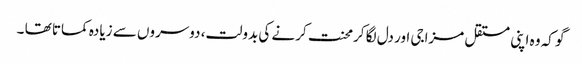
گو کہ وہ اپنی مستقل مزاجی اور دل لگا کرمحنت کرنے کی بدولت، دوسروں سے زیادہ کماتا تھا ۔